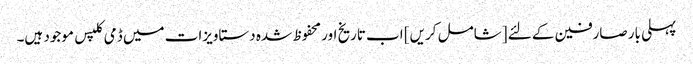
پہلی بار صارفین کے لئے [شامل کریں] اب تاریخ اور محفوظ شدہ دستاویزات میں ڈمی کلپس موجود ہیں۔